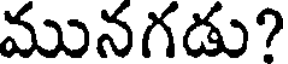
మునగడు?